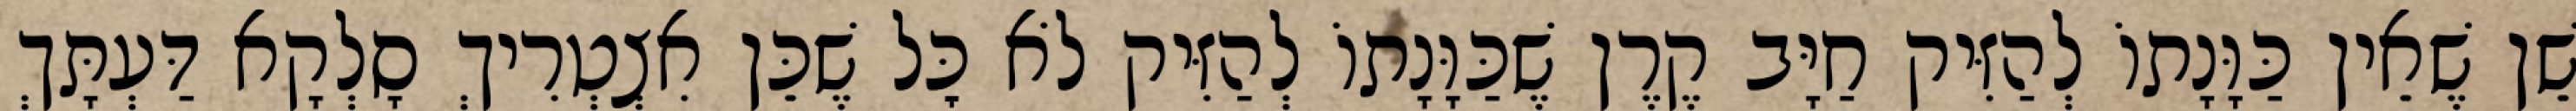
שֵׁן שֶׁאֵין כַּוָּנָתוֹ לְהַזִּיק חַיָּב קֶרֶן שֶׁכַּוָּנָתוֹ לְהַזִּיק לֹא כׇּל שֶׁכֵּן אִצְטְרִיךְ סָלְקָא דַּעְתָּךְ